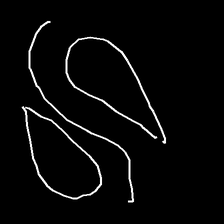
Glyph: water